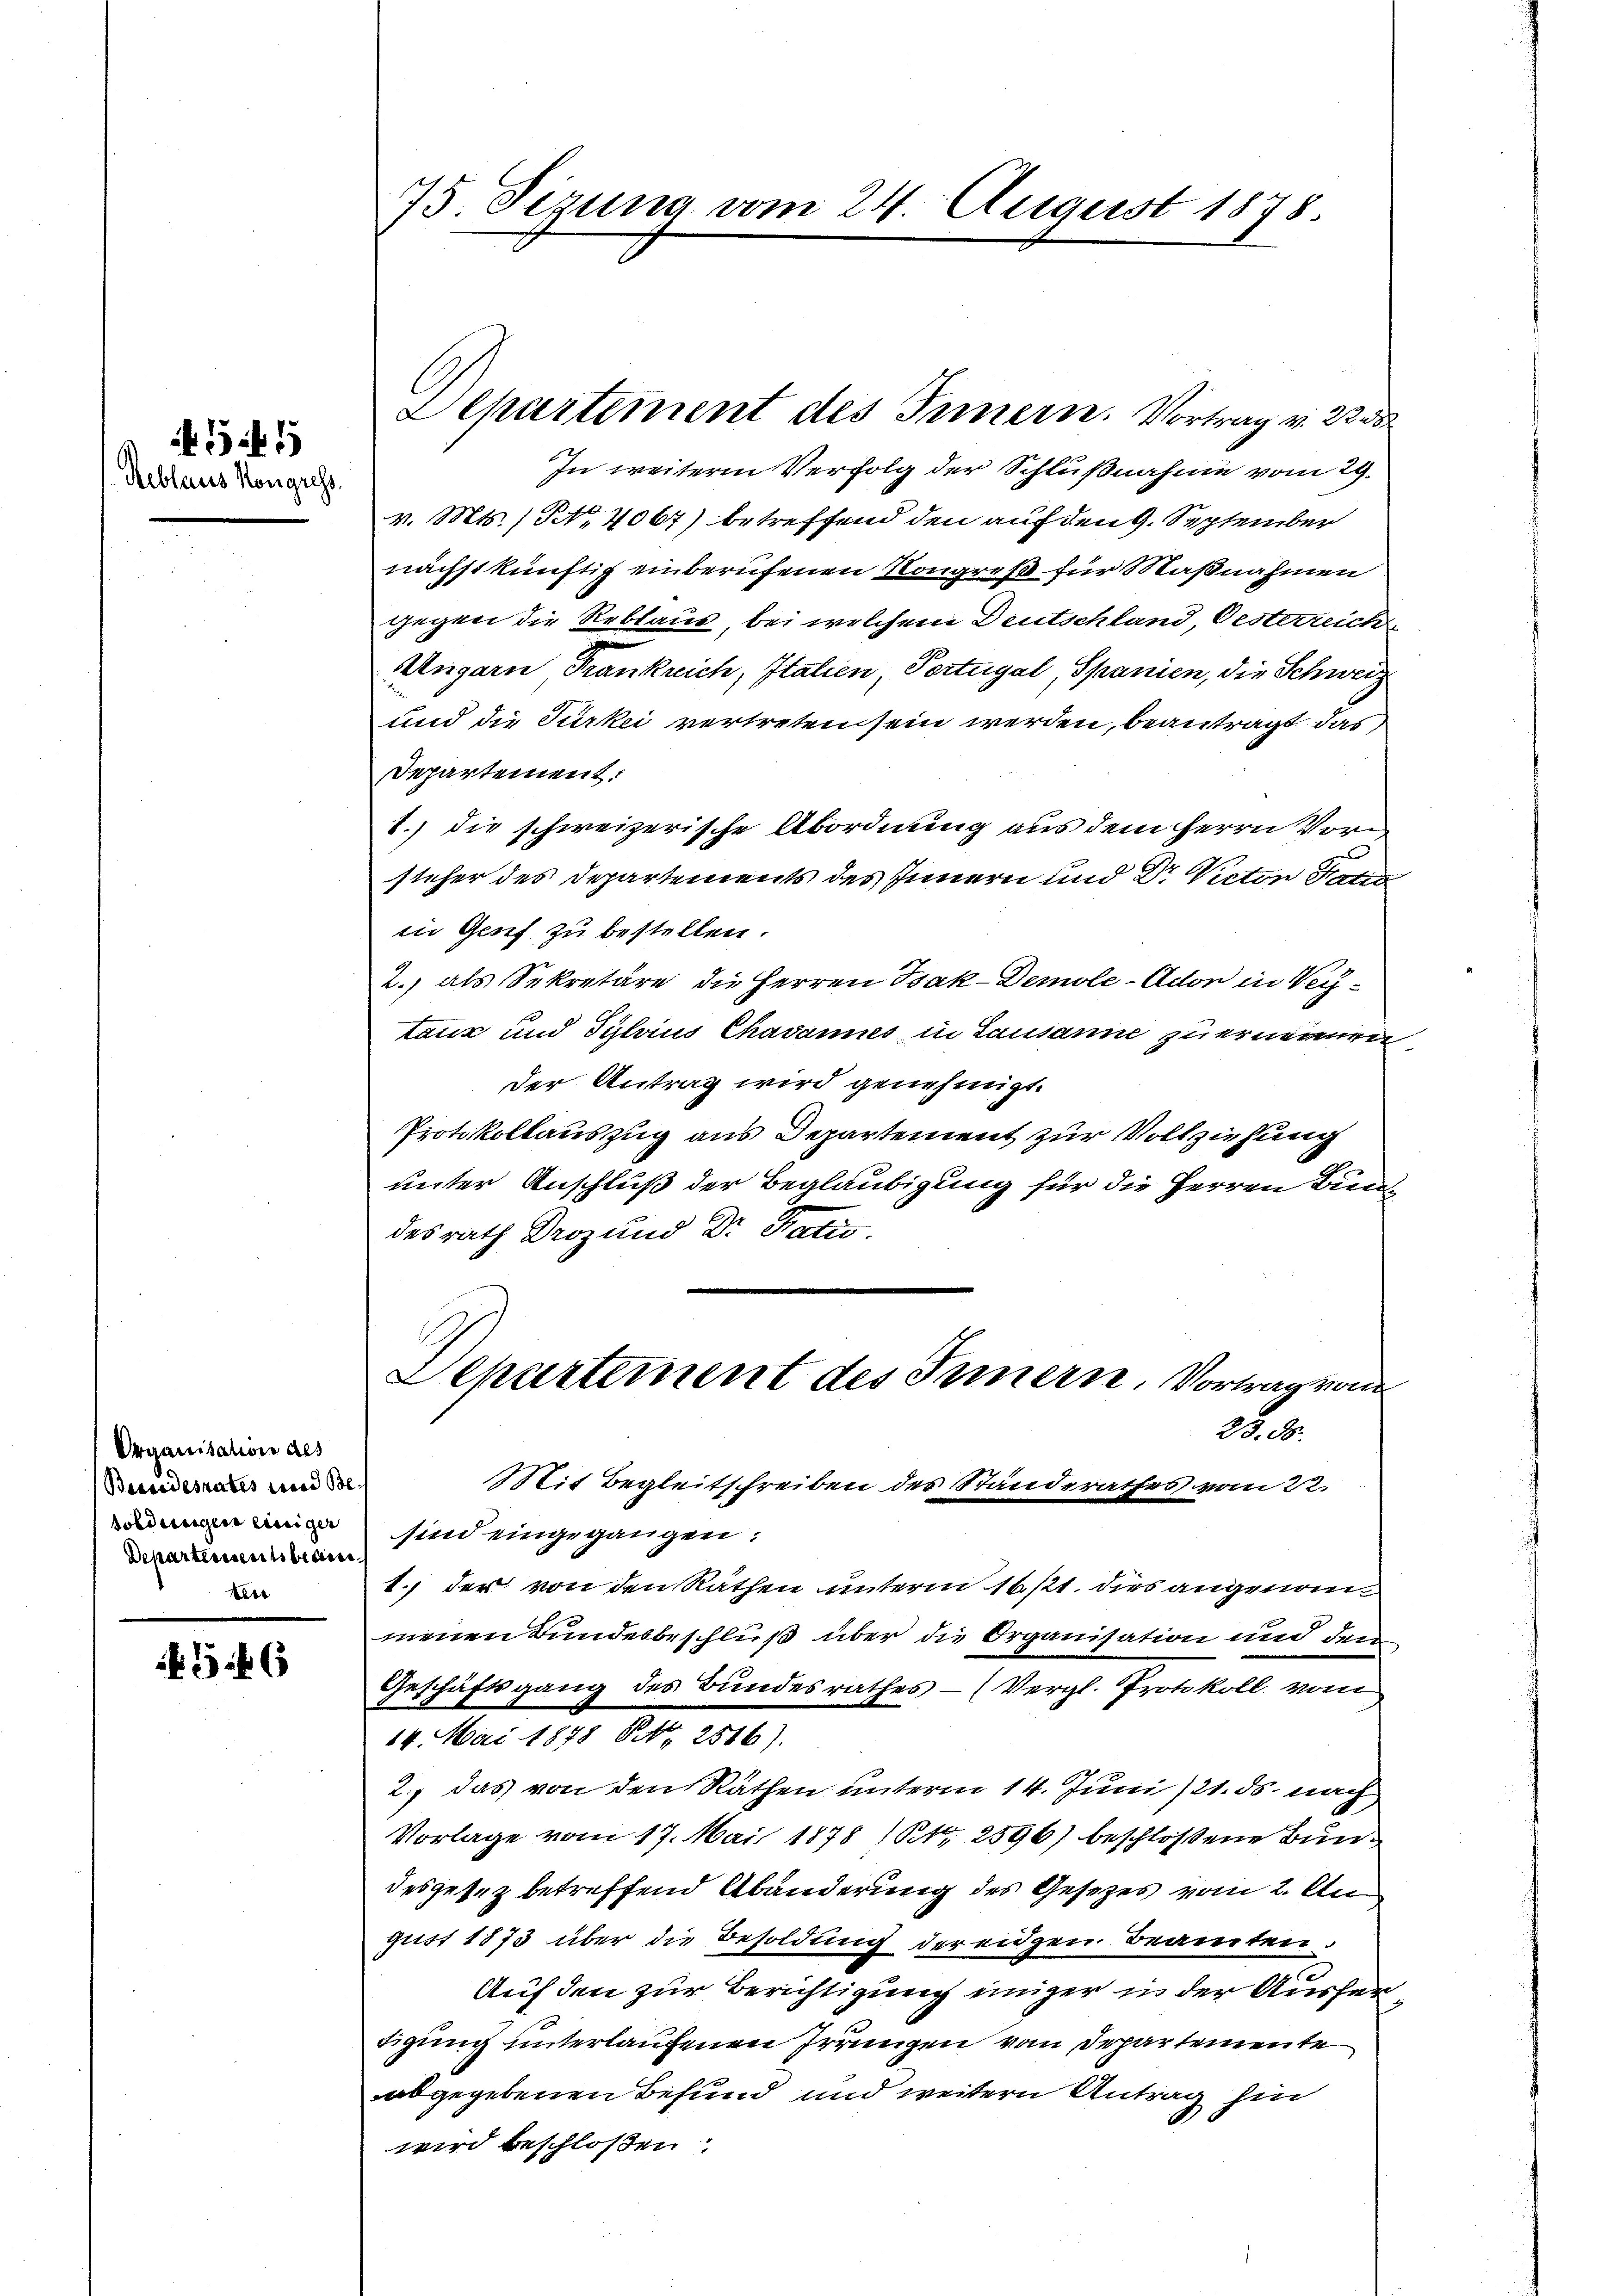
Reblaus Kongress

if. 3 f 1

Organisation des
Brasiesrates wird solsoldungen einiger
Departement brau
tlie

546

75. Sizung vom 24. August 1878.

In weiterm Verfolg der Schlußnahme vom 29.
v. Mts. (Nr. 4067) betreffend den auf den 9. September
nächstkünftig einberufenen Kongreß für Maßnahmen
gegen die Reblaus bei welchem Deutschland, Oesterreich
Ungarn Frankreich, Italien, Portugal, Spanien, die Schweiz
und die Türkei vertreten sein werden, beantragt das
Departement:
1.) die schweizerische Abordnung aus dem Herrn Vorsteher des Departements des Innern und Dr. Victor Patio
in Genf zu bestellen.
2.) als Sekretäre die Herren Isak-Demole-Ador in Vertanz und Sylvius Chavannes in Lausanne zu ernennen,
der Antrag wird genehmigt.
Protokollauszug aus Departement zur Vollziehung
unter Anschluß der Beglaubigung für die Herren Bundesrath Droz und Dr. Satis.

Aepartement des Innern. Vortrag v. 2233

1.) der von den Räthen unterm 16. 121. dies angenommenen Bundesbeschluß über die Organisation und den
Geschäftsgang des Bundesrathes – (Vergl. Protokoll vom
14. Mai 1878 Art. 2516).
2., das von den Räthen unterm 14. Juni /21. ds nach
Vorlage vom 17. Mai 1878 (12596) beschlossene Bundesgesez betreffend Abänderung des Gesetzes vom 2. Au
gust 1873 über die Besoldung der eidgen Beamten.
c
Auf den zur Berichtigung einiger in der Ausfertigung unterlaufenen Irrungen von Departemente
abgegebenen Befund und weitern Antrag hin
wird beschloßen:

Departement des Innern. Vortrag von
25. 38.
Mit Begleitschreiben des Standerathes vom 22.
sind eingegangen.